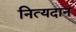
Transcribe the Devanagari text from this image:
नित्यदान